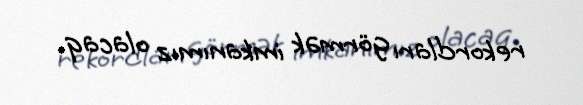
rekordları görmək imkanımız olacaq.